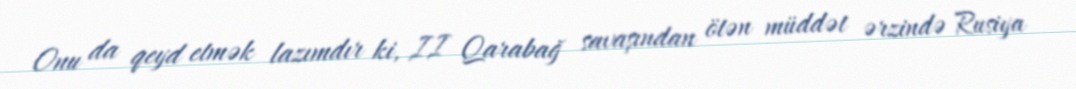
Onu da qeyd etmək lazımdır ki, II Qarabağ savaşından ötən müddət ərzində Rusiya